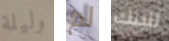
وليلة لم للبنك